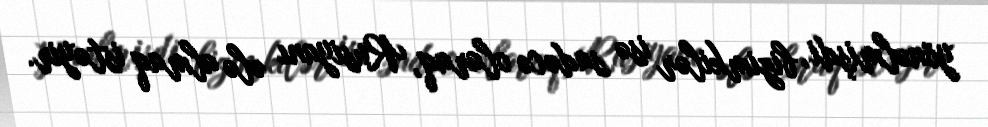
yönəlmişdi, bizimkilər isə sadəcə olaraq, Rusiyanı ələ almaq istəyir.